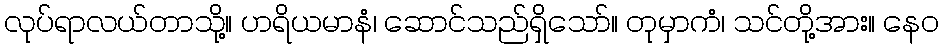
လုပ်ရာလယ်တာသို့။ ဟရိယမာနံ၊ ဆောင်သည်ရှိသော်။ တုမှာကံ၊ သင်တို့အား။ နေဝ